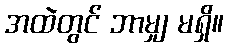
အထဲတွင် ဘာမျှ မရှိ။